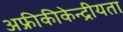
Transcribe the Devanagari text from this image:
अफ्रीकीकेन्द्रीयता